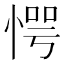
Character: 愕